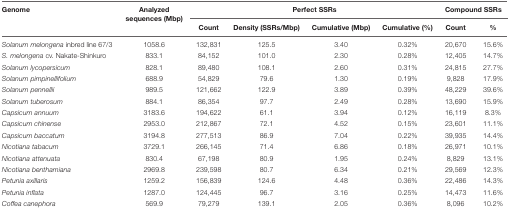
<table><thead><tr><td><b>Genome</b></td><td><b>Analyzed sequences (Mbp)</b></td><td colspan="4"><b>Perfect SSRs</b></td><td colspan="2"><b>Compound SSRs</b></td></tr><tr><td></td><td></td><td><b>Count</b></td><td><b>Density (SSRs/Mbp)</b></td><td><b>Cumulative (Mbp)</b></td><td><b>Cumulative (%)</b></td><td><b>Count</b></td><td><b>%</b></td></tr></thead><tbody><tr><td><i>Solanum melongena</i> inbred line 67/3</td><td>1058.6</td><td>132,831</td><td>125.5</td><td>3.40</td><td>0.32%</td><td>20,670</td><td>15.6%</td></tr><tr><td><i>S. melongena</i> cv. Nakate-Shinkuro</td><td>833.1</td><td>84,152</td><td>101.0</td><td>2.30</td><td>0.28%</td><td>12,405</td><td>14.7%</td></tr><tr><td><i>Solanum lycopersicum</i></td><td>828.1</td><td>89,480</td><td>108.1</td><td>2.60</td><td>0.31%</td><td>24,815</td><td>27.7%</td></tr><tr><td><i>Solanum pimpinellifolium</i></td><td>688.9</td><td>54,829</td><td>79.6</td><td>1.30</td><td>0.19%</td><td>9,828</td><td>17.9%</td></tr><tr><td><i>Solanum pennellii</i></td><td>989.5</td><td>121,662</td><td>122.9</td><td>3.89</td><td>0.39%</td><td>48,229</td><td>39.6%</td></tr><tr><td><i>Solanum tuberosum</i></td><td>884.1</td><td>86,354</td><td>97.7</td><td>2.49</td><td>0.28%</td><td>13,690</td><td>15.9%</td></tr><tr><td><i>Capsicum annuum</i></td><td>3183.6</td><td>194,622</td><td>61.1</td><td>3.94</td><td>0.12%</td><td>16,119</td><td>8.3%</td></tr><tr><td><i>Capsicum chinense</i></td><td>2953.0</td><td>212,867</td><td>72.1</td><td>4.52</td><td>0.15%</td><td>23,601</td><td>11.1%</td></tr><tr><td><i>Capsicum baccatum</i></td><td>3194.8</td><td>277,513</td><td>86.9</td><td>7.04</td><td>0.22%</td><td>39,935</td><td>14.4%</td></tr><tr><td><i>Nicotiana tabacum</i></td><td>3729.1</td><td>266,145</td><td>71.4</td><td>6.86</td><td>0.18%</td><td>26,971</td><td>10.1%</td></tr><tr><td><i>Nicotiana attenuata</i></td><td>830.4</td><td>67,198</td><td>80.9</td><td>1.95</td><td>0.24%</td><td>8,829</td><td>13.1%</td></tr><tr><td><i>Nicotiana benthamiana</i></td><td>2969.8</td><td>239,598</td><td>80.7</td><td>6.34</td><td>0.21%</td><td>29,569</td><td>12.3%</td></tr><tr><td><i>Petunia axillaris</i></td><td>1259.2</td><td>156,839</td><td>124.6</td><td>4.48</td><td>0.36%</td><td>22,486</td><td>14.3%</td></tr><tr><td><i>Petunia inflata</i></td><td>1287.0</td><td>124,445</td><td>96.7</td><td>3.16</td><td>0.25%</td><td>14,473</td><td>11.6%</td></tr><tr><td><i>Coffea canephora</i></td><td>569.9</td><td>79,279</td><td>139.1</td><td>2.05</td><td>0.36%</td><td>8,096</td><td>10.2%</td></tr></tbody></table>